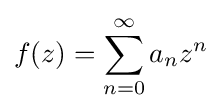
f(z)=\sum _{n=0}^{\infty }a_{n}z^{n}